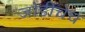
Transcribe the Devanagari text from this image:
जोडीचेच